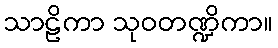
သာဠိကာ သုဝတဏ္ဍိကာ။